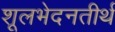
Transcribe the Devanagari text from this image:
शूलभेदनतीर्थ